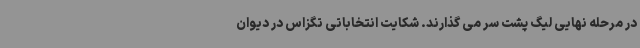
در مرحله نهایی لیگ پشت سر می گذارند. شکایت انتخاباتی تگزاس در دیوان